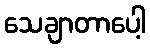
သေချာတာပေါ့